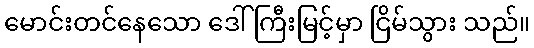
မောင်းတင်နေသော ဒေါ်ကြီးမြင့်မှာ ငြိမ်သွား သည်။